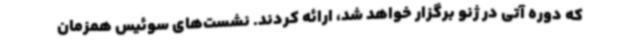
که دوره آتی در ژنو برگزار خواهد شد، ارائه کردند. نشست‌های سوئیس همزمان